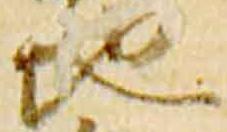
地